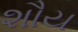
શૌય